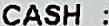
CASH :